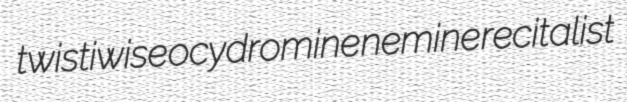
twistiwise ocydromine nemine recitalist